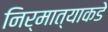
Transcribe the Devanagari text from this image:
निर्मात्याकडे